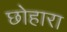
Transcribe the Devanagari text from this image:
छोहारा